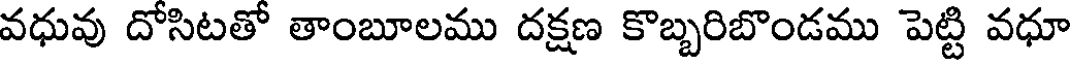
వధువు దోసిటతో తాంబూలము దక్షణ కొబ్బరిబొండము పెట్టి వధూ